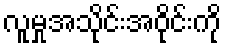
လူမှုအသိုင်းအဝိုင်းကို